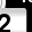
Digit: 2